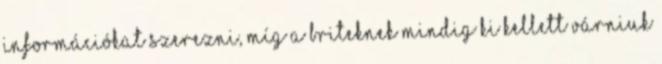
információkat szerezni, míg a briteknek mindig ki kellett várniuk